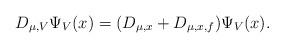
LaTeX: \begin{align*}D_{\mu,V}\Psi_{V}(x)= (D_{\mu,x}+D_{\mu,x,f})\Psi_{V}(x).\end{align*}